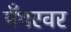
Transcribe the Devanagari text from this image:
पँथरवर